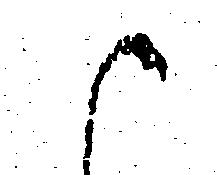
御